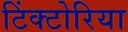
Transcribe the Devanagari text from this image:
टिंक्टोरिया